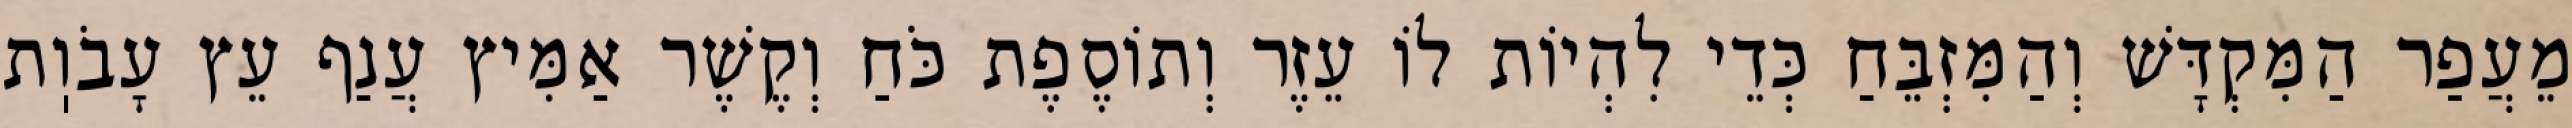
מֵעֲפַר הַמִּקְדָּשׁ וְהַמִּזְבֵּחַ כְּדֵי לִהְיוֹת לוֹ עֵזֶר וְתוֹסֶפֶת כֹּחַ וְקֶשֶׁר אַמִּיץ עֲנַף עֵץ עָבֹוֽת